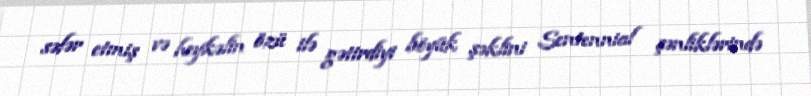
səfər etmiş və heykəlin özü ilə gətirdiyi böyük şəklini Sentennial şənliklərində